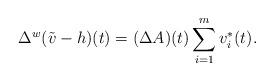
LaTeX: \begin{align*}\Delta^w (\tilde v-h)(t) = (\Delta A)(t)\sum_{i=1}^m v_i^{\ast}(t).\end{align*}